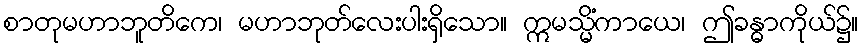
စာတုမဟာဘူတိကေ၊ မဟာဘုတ်လေးပါးရှိသော။ ဣမသ္မိံကာယေ၊ ဤခန္ဓာကိုယ်၌။